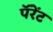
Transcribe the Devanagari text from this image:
पॅरेंट